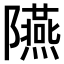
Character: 𨽞